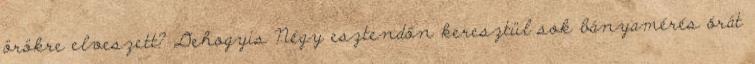
örökre elveszett? Dehogyis Négy esztendőn keresztül sok bányamérés órát